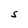
Character: S